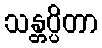
သန္တပ္ပိတာ